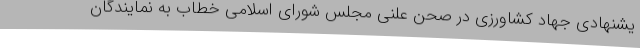
یشنهادی جهاد کشاورزی در صحن علنی مجلس شورای اسلامی خطاب به نمایندگان